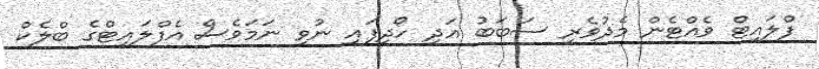
ފްލައިޓް ވެއްޓެން މެދުވެރި ސަބަބު އަދި ހޯދިފައި ނުވި ނަމަވެސް އެފްލައިޓްގެ ބްލެކް